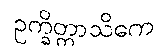
ဥက္ခိတ္တာသိကေ